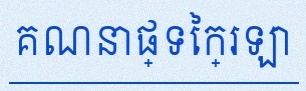
គណនាផ្ទៃក្រឡា